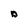
Character: D